Annual administration report of the Civil Veterinary Department of India - 1895-1896
Year: 1895
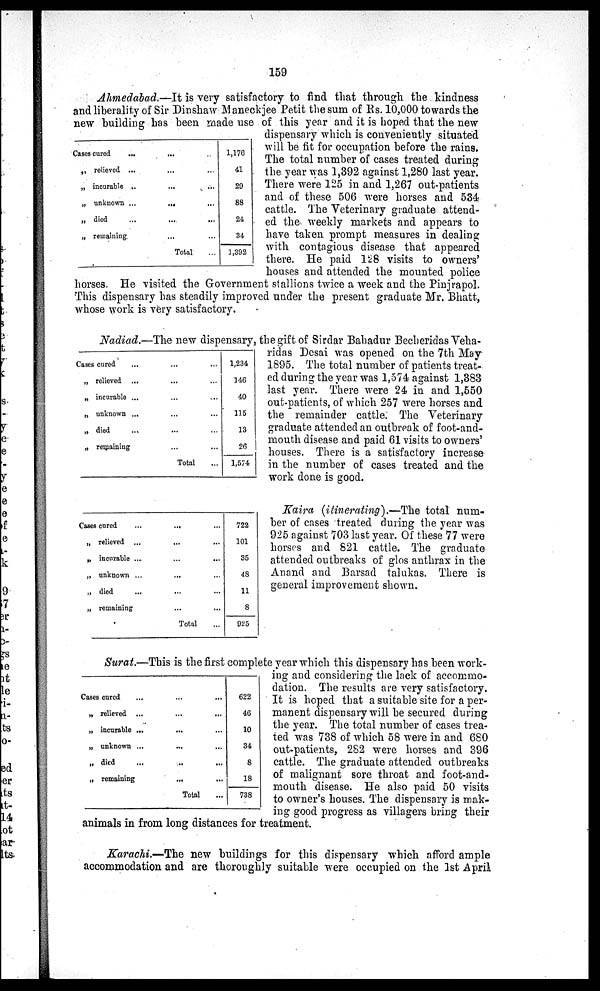
159
Ahmedabad.—It is very satisfactory to find that through the kindness
and liberality of Sir Dinshaw Maneckjee Petit the sum of Rs. 10,000 towards the
new building has been made use of this year and it is hoped that the new
dispensary which is conveniently situated
will be fit for occupation before the rains.
The total number of cases treated during
the year was 1,392 against 1,280 last year.
There were 125 in and 1,267 out-patients
and of these 506 were horses and 534
cattle. The Veterinary graduate attend-
ed the weekly markets and appears to
have taken prompt measures in dealing
with contagious disease that appeared
there. He paid 128 visits to owners'
houses and attended the mounted police
horses. He visited the Government stallions twice a week and the Pinjrapol.
This dispensary has steadily improved under the present graduate Mr. Bhatt,
whose work is very satisfactory.
Cases cured
...
„ relieved ...
„ incurable ...
„ unknown ...
„ died...
„ remaining...
...
...
...
...
...
...
Total
...
...
...
...
...
...
...
1,176
41
29
88
24
34
1,392
Nadiad.—The new dispensary, the gift of Sirdar Bahadur Becheridas Veha-
ridas Desai was opened on the 7th May
1895. The total number of patients treat-
ed during the year was 1,574 against 1,383
last year. There were 24 in and 1,550
out-patients, of which 257 were horses and
the remainder cattle. The Veterinary
graduate attended an outbreak of foot-and-
mouth disease and paid 61 visits to owners'
houses. There is a satisfactory increase
in the number of cases treated and the
work done is good.
Cases cured
„ relieved ...
„ incurable ...
„ unknown ...
„ died...
„ remaining
...
...
...
...
...
...
Total
...
...
...
...
...
...
...
1,234
146
40
115
13
26
1,574
Kaira (itinerating).—The total num-
ber of cases treated during the year was
925 against 703 last year. Of these 77 were
horses and 821 cattle. The graduate
attended outbreaks of glos anthrax in the
Anand and Barsad talukas. There is
general improvement shown.
Cases cured...
„ relieved ...
„ incurable ...
„ unknown ...
„ died
„ remaining
...
...
...
...
...
...
Total
...
...
...
...
...
...
...
722
101
35
48
11
8
925
Surat.—This is the first complete year which this dispensary has been work-
ing and considering the lack of accommo-
dation. The results are very satisfactory.
It is hoped that a suitable site for a per-
manent dispensary will be secured during
the year. The total number of cases trea-
ted was 738 of which 58 were in and 680
out-patients, 282 were horses and 396
cattle. The graduate attended outbreaks
of malignant sore throat and foot-and-
mouth disease. He also paid 50 visits
to owner's houses. The dispensary is mak-
ing good progress as villagers bring their
animals in from long distances for treatment.
Cases cured...
„ relieved ...
„ incurable ...
„ unknown ...
„ died
„ remaining
...
...
...
...
...
...
Total
...
...
...
...
...
...
...
622
46
10
34
8
18
738
Karachi.—The new buildings for this dispensary which afford ample
accommodation and are thoroughly suitable were occupied on the 1st April